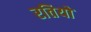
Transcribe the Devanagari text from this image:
रतियो